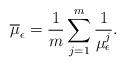
LaTeX: \begin{align*}{\overline{\mu}_{\epsilon}}=\frac{1}{m}\sum_{j=1}^{m}\frac{1}{\mu_{\epsilon}^{j}}.\end{align*}